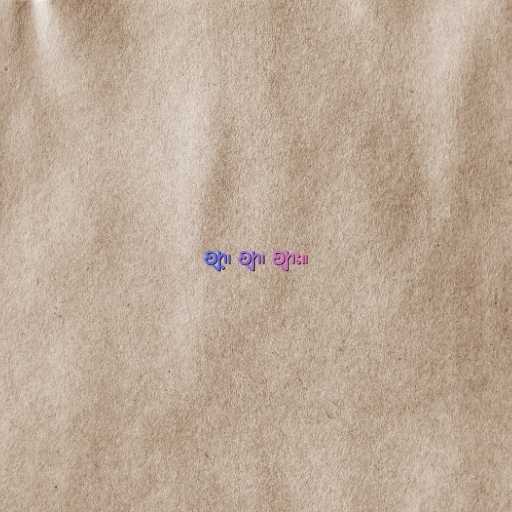
ဈာ့၊ ဈာ၊ ဈား။